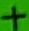
Text: +